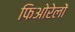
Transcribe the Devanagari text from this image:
फिओरेलों